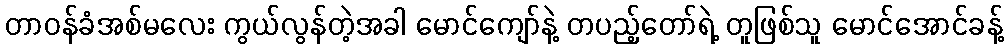
တာဝန်ခံအစ်မလေး ကွယ်လွန်တဲ့အခါ မောင်ကျော်နဲ့ တပည့်တော်ရဲ့ တူဖြစ်သူ မောင်အောင်ခန့်